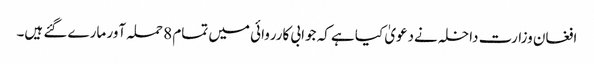
افغان وزارت داخلہ نےدعویٰ کیا ہے کہ جوابی کارروائی میں تمام 8 حملہ آور مارے گئے ہیں۔